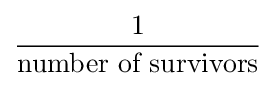
{\frac {1}{\text{number of survivors}}}